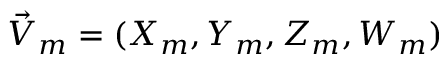
\vec { V } _ { m } = ( X _ { m } , Y _ { m } , Z _ { m } , W _ { m } )